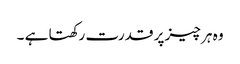
وہ ہر چیز پر قدرت رکھتا ہے ۔